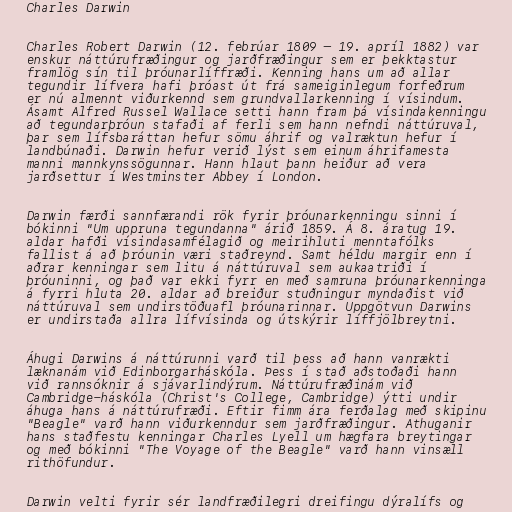
Charles Darwin

Charles Robert Darwin (12. febrúar 1809 — 19. apríl 1882) var
enskur náttúrufræðingur og jarðfræðingur sem er þekktastur
framlög sín til þróunarlíffræði. Kenning hans um að allar
tegundir lífvera hafi þróast út frá sameiginlegum forfeðrum
er nú almennt viðurkennd sem grundvallarkenning í vísindum.
Ásamt Alfred Russel Wallace setti hann fram þá vísindakenningu
að tegundarþróun stafaði af ferli sem hann nefndi náttúruval,
þar sem lífsbaráttan hefur sömu áhrif og valræktun hefur í
landbúnaði. Darwin hefur verið lýst sem einum áhrifamesta
manni mannkynssögunnar. Hann hlaut þann heiður að vera
jarðsettur í Westminster Abbey í London.

Darwin færði sannfærandi rök fyrir þróunarkenningu sinni í
bókinni "Um uppruna tegundanna" árið 1859. Á 8. áratug 19.
aldar hafði vísindasamfélagið og meirihluti menntafólks
fallist á að þróunin væri staðreynd. Samt héldu margir enn í
aðrar kenningar sem litu á náttúruval sem aukaatriði í
þróuninni, og það var ekki fyrr en með samruna þróunarkenninga
á fyrri hluta 20. aldar að breiður stuðningur myndaðist við
náttúruval sem undirstöðuafl þróunarinnar. Uppgötvun Darwins
er undirstaða allra lífvísinda og útskýrir líffjölbreytni.

Áhugi Darwins á náttúrunni varð til þess að hann vanrækti
læknanám við Edinborgarháskóla. Þess í stað aðstoðaði hann
við rannsóknir á sjávarlindýrum. Náttúrufræðinám við
Cambridge-háskóla (Christ's College, Cambridge) ýtti undir
áhuga hans á náttúrufræði. Eftir fimm ára ferðalag með skipinu
"Beagle" varð hann viðurkenndur sem jarðfræðingur. Athuganir
hans staðfestu kenningar Charles Lyell um hægfara breytingar
og með bókinni "The Voyage of the Beagle" varð hann vinsæll
rithöfundur.

Darwin velti fyrir sér landfræðilegri dreifingu dýralífs og